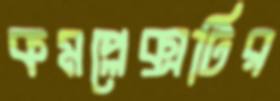
কমপ্লেক্সটির